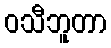
ဝသီဘူတာ